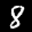
Label: 8